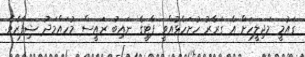
ގައުމީ މަޖިލީހަށް އެ ގަރާރު ހުށަހެޅުއްވީ ޕާޓީގެ ނައިބު ރައީސް މުހައްމަދު ޝިފާޒެވެ.